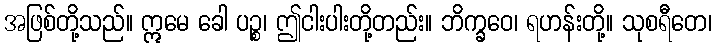
အဖြစ်တို့သည်။ ဣမေ ခေါ ပဉ္စ၊ ဤငါးပါးတို့တည်း။ ဘိက္ခဝေ၊ ရဟန်းတို့။ သုစရီတေ၊